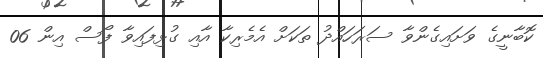
ކޮބާނީގެ ވަށައިގެންވާ ސަރަހަައްދު ތަކަށް އެމެރިކާ އާއި ގުޅިފައިވާ ފޯސް އިން 06